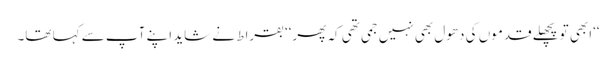
‘‘ابھی تو پچھلے قدموں کی دھول بھی نہیں جمی تھی کہ پھر‘‘ بقراط نے شاید اپنے آپ سے کہا تھا۔